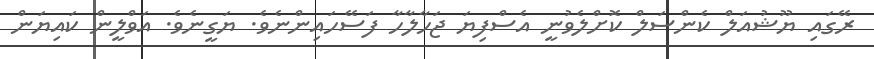
ރޭގައި ޔޫޝުއަލް ކެންސަލް ކޮށްލެވުނީ އެސްފިޔަ ޖަހާލާހާ ފަސޭހައިންނެވެ. ޔަގީނެވެ. އަވްލީން ކައިޔަން